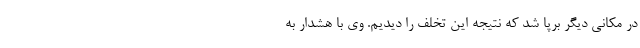
در مکانی دیگر برپا شد که نتیجه این تخلف را دیدیم. وی با هشدار به